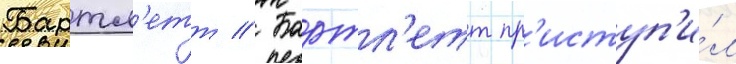
Бартл'етт // Бартл'етт пр'иступ'и́л